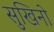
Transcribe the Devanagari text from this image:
सुखिनो